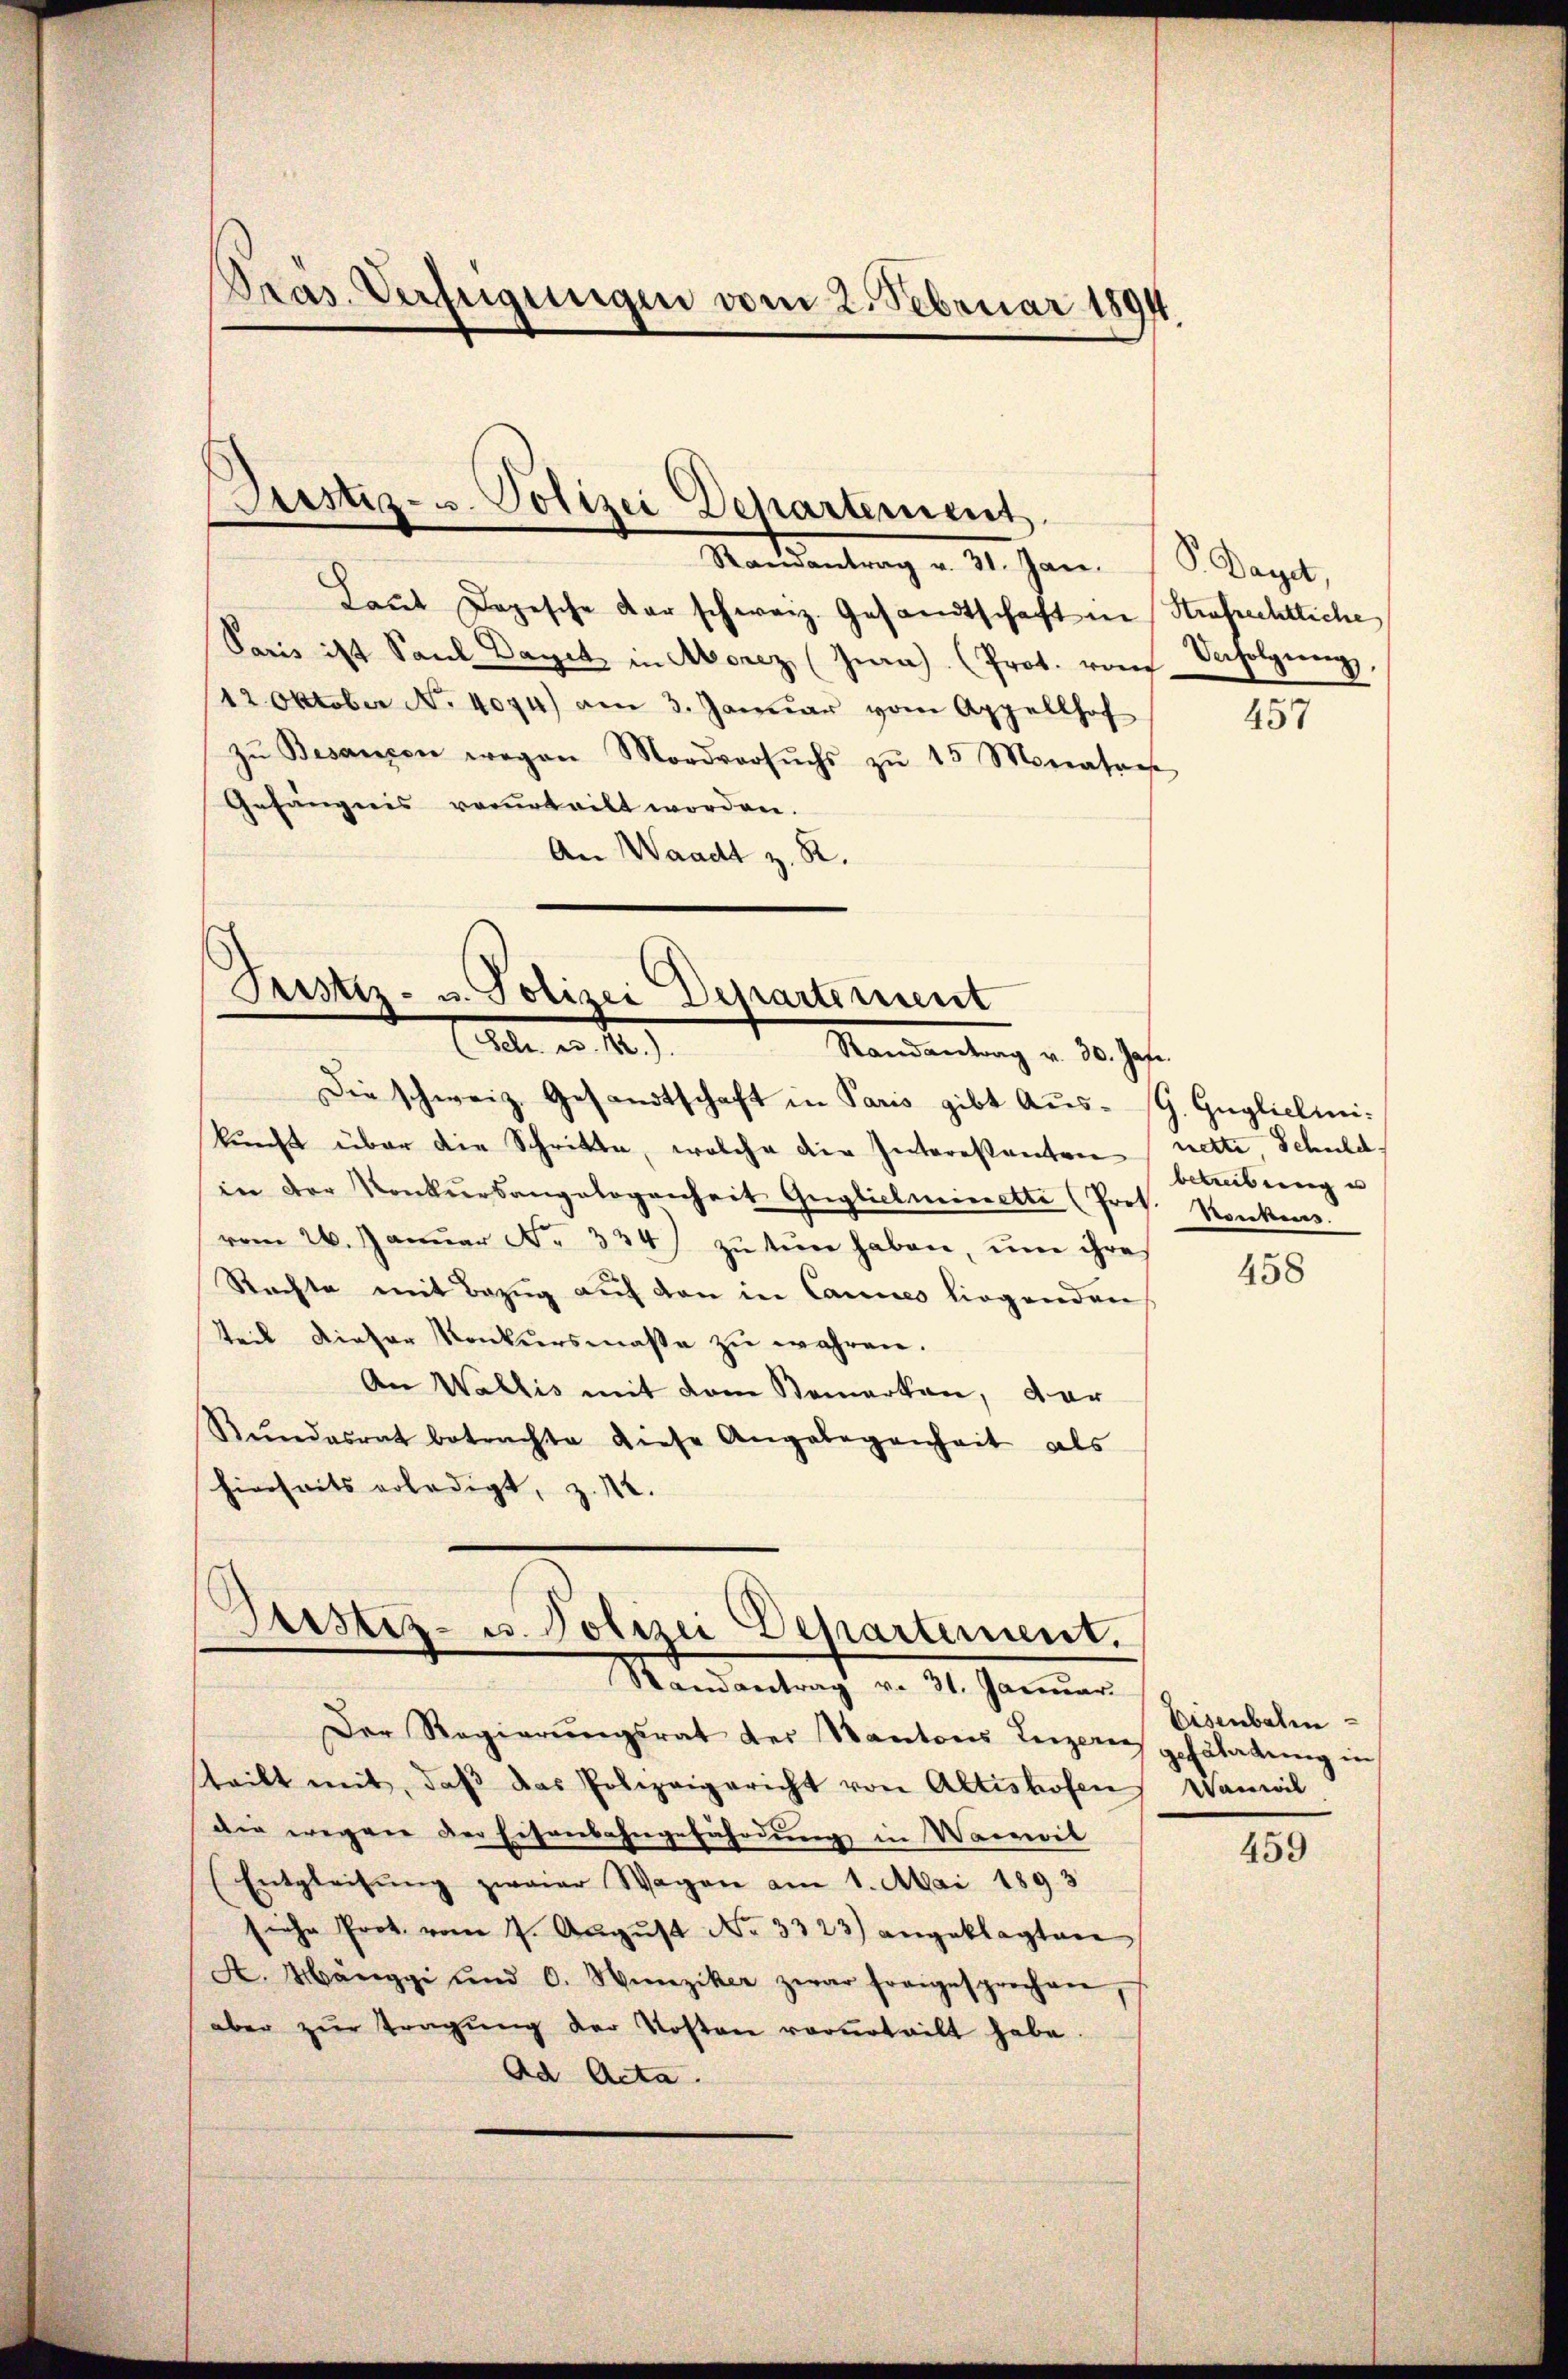
Pras. Verfügungen vom 2. Februar 1894.

Justiz- u. Polizei Departement
Randantrag v. 31. Jan. P. Dayet,

Laut Dopische der schweiz. Gesandtschaft in Strafrechtliche
Paris ist Saul Daget in Aborez (Gra) (Prot. von Verfolgŭng,
12. Oktober No. 4094) am 3. Januar vom Appellhof
zŭ Besanzen wegen Mordversŭchs zŭ 15 Monatars
Gefängnis verurteilt worden.
An Waadt z. B.

Justiz- u. Polizei Departement
Aeber a. 1409.
Mandantung v. 30 Jahr
Die schweiz. Gesandtschaft in Paris gibt Aus-G. Guglichini¬

kunft über die Schritte, welche die Interessanten
in der Konkursangelogenheit Guglielmeinette (Prof. Konkens.
vom 26. Janŭar No. 334) zŭ tun haben, ŭm ihre
Rechte mit Bezug auf den in Cannes liegenden
Teil dieser Konkursmaße zu wahren.
An Wallis mit dem Bemerken, dar
Rŭndesrat betrachte diese Angelegenheit als
hierseits erledigt, z. 12.

Justiz- u. Polizei Dehartement.
Mandantracht v. 14. Janner

Der Regierŭngsrat der Kantons Luzern gefähabŭng in
teilt mit, daß das Polizeigericht von Altishofen Wanwil
die wegen der Eisenbahngefährdung in Wareil
(Entgleitŭng zwaier Wagen am 1. Mai 1893
siche Prot. vom 7. Aŭgŭst No. 3323) angeklagten
A. Mänggi und C. Hunziker zwar fragesprochen,
aber zŭr Tragŭng der Kosten vorurteilt habe.
Ad Acta.

457

nette Schuld.
betreibung u

458

Eisenbahn

459